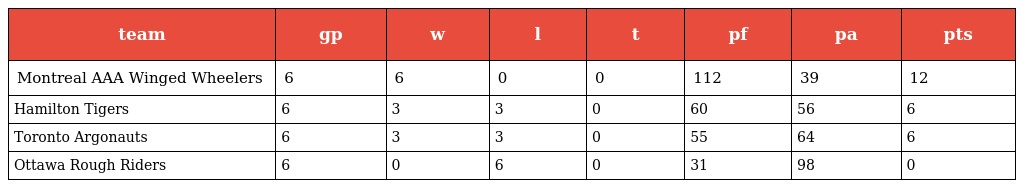
| team | gp | w | l | t | pf | pa | pts |
 | --- | --- | --- | --- | --- | --- | --- | --- |
 | Montreal AAA Winged Wheelers | 6 | 6 | 0 | 0 | 112 | 39 | 12 |
 | Hamilton Tigers | 6 | 3 | 3 | 0 | 60 | 56 | 6 |
 | Toronto Argonauts | 6 | 3 | 3 | 0 | 55 | 64 | 6 |
 | Ottawa Rough Riders | 6 | 0 | 6 | 0 | 31 | 98 | 0 |